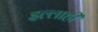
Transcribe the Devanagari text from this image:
इल्लाही